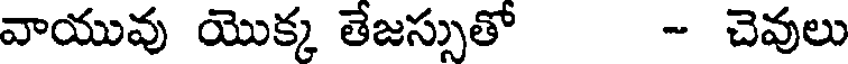
వాయువు యొక్క తేజస్సుతో - చెవులు